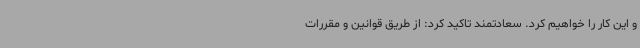
و این کار را خواهیم کرد. سعادتمند تاکید کرد: از طریق قوانین و مقررات